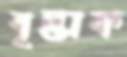
বৃন্তাক